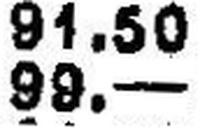
99.—